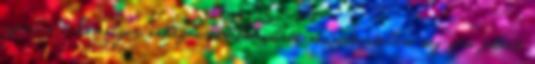
azonban a homályos, nehezen értelmezhető normatartalom még nem jelent